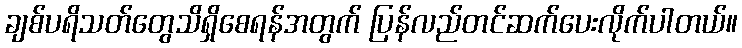
ချစ်ပရိသတ်တွေသိရှိစေရန်အတွက် ပြန်လည်တင်ဆက်ပေးလိုက်ပါတယ်။